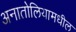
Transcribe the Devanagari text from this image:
अनातोलियामधील